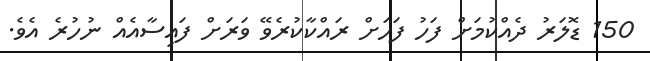
150 ޑޮލަރު ދެއްކުމަށް ފަހު ފަހަށް ރައްކާކުރެވޭ ވަރަށް ފައިސާއެއް ނުހުރެ އެވެ.